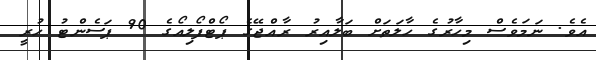
އެވެ. ނަމަވެސް މިހާރުގެ ހާލަތަށް ބަލާއިރު ރާއްޖޭގެ ޕޯޓްފޯލިއޯގެ 90 ޕަސެންޓު ހުރީ